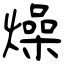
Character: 燥